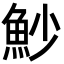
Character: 魦